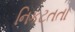
નિકટતતા